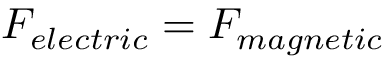
F _ { e l e c t r i c } = F _ { m a g n e t i c }